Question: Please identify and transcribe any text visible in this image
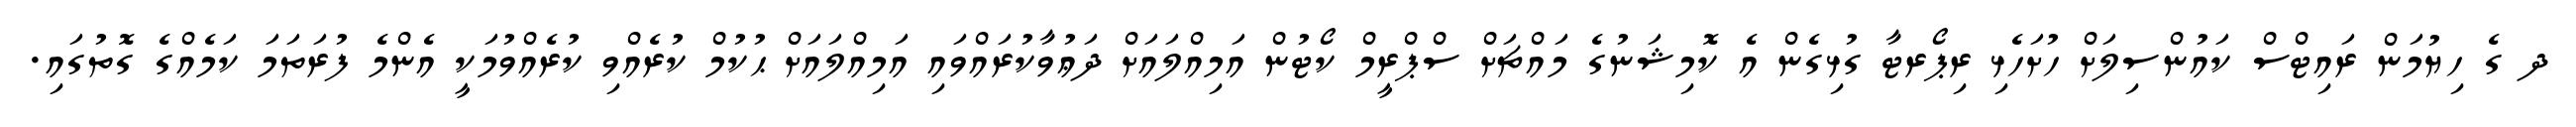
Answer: ދ ގެ ހިޔުމަން ރައިޓްސް ކައުންސިލަށް ހުށަހެޅި ރިޕޯރޓާ ގުޅިގެން އެ ކޮމިޝަނުގެ މައްޗަށް ސްޕްރީމް ކޯޓުން އަމިއްލައަށް ދަޢުވާކުރައްވައި އަމިއްލައަށް ޙުކުމް ކުރެއްވި ކުރެއްވުމަކީ އެންމެ ފުރަތަމަ ކަމެއްގެ ގޮތުގައި.